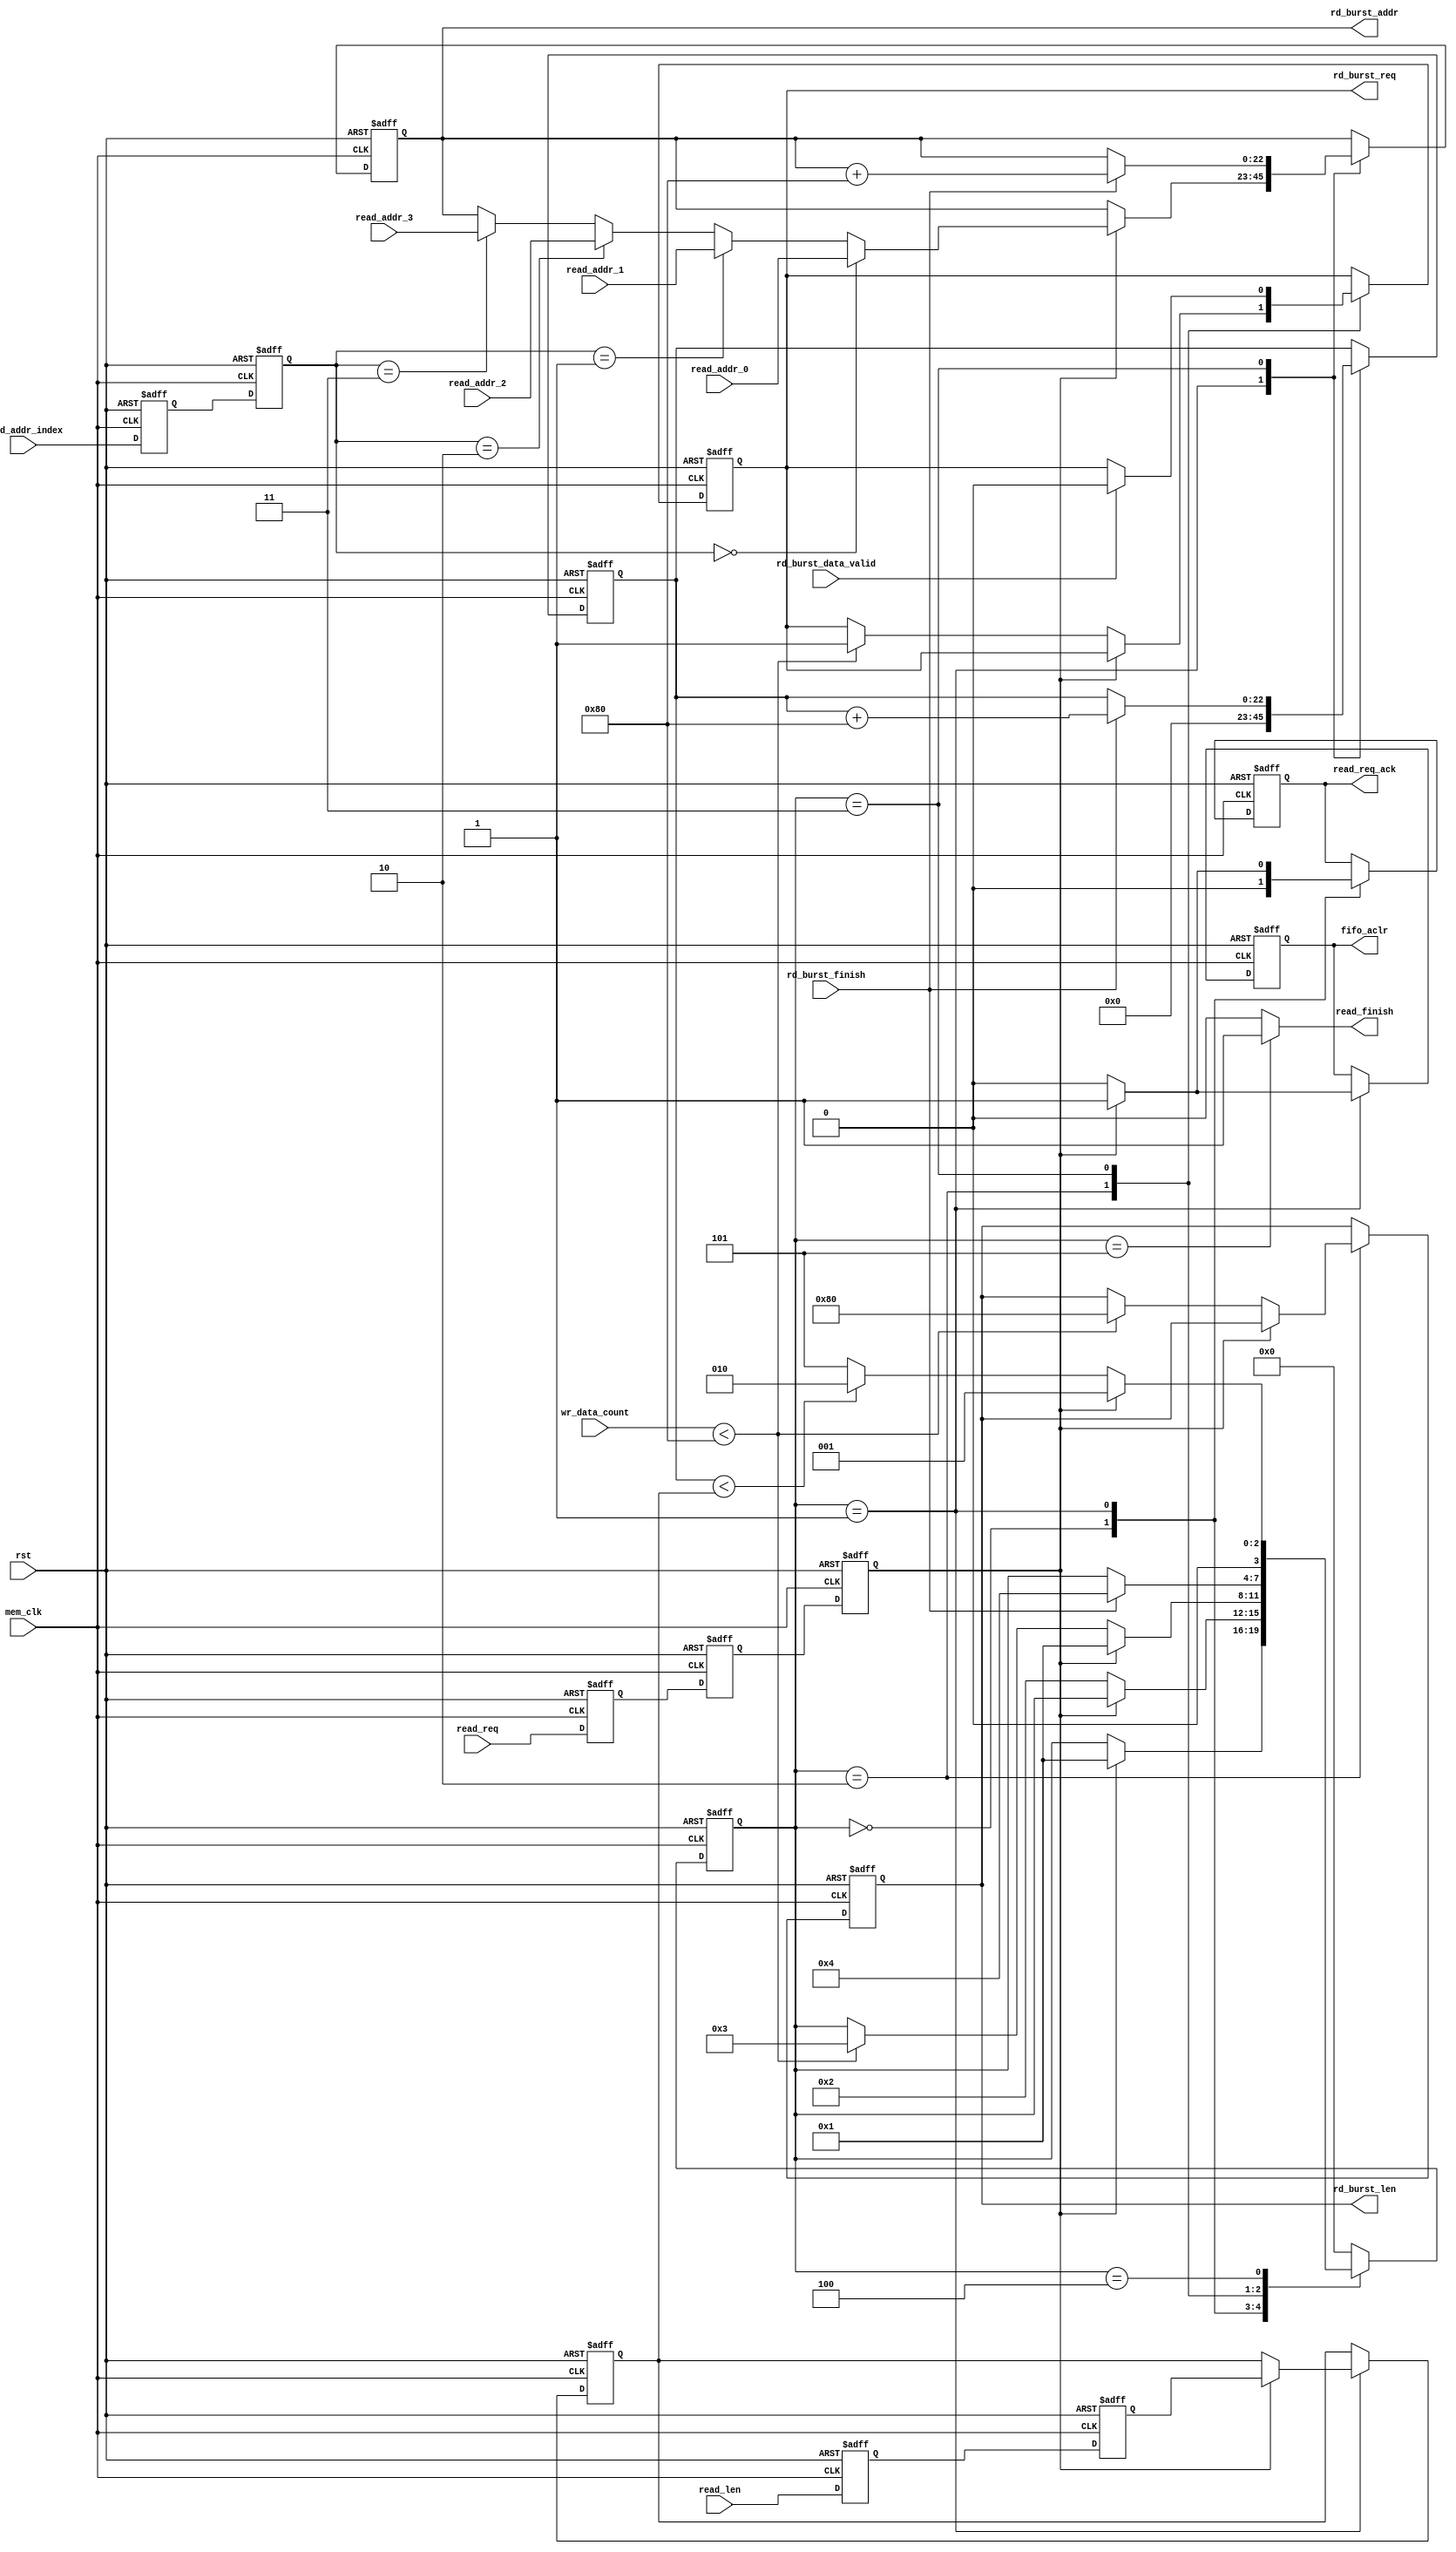
// This program was cloned from: https://github.com/Manistein/let-us-build-a-computer-system
// License: MIT License

`timescale 1ns / 1ps
//////////////////////////////////////////////////////////////////////////////////
//  Cross clock domain data reading frame with FIFO interface                   //
//                                                                              //
//          msq@qq.com                                                          //
//          ALINX(shanghai) Technology Co.,Ltd                                  //
//          heijin                                                              //
//     WEB: http://www.alinx.cn/                                                //
//     BBS: http://www.heijin.org/                                              //
//                                                                              //
//////////////////////////////////////////////////////////////////////////////////
//                                                                              //
// Copyright (c) 2017,ALINX(shanghai) Technology Co.,Ltd                        //
//                    All rights reserved                                       //
//                                                                              //
// This source file may be used and distributed without restriction provided    //
// that this copyright statement is not removed from the file and that any      //
// derivative work contains the original copyright notice and the associated    //
// disclaimer.                                                                  //
//                                                                              //
//////////////////////////////////////////////////////////////////////////////////

//================================================================================
//  Revision History:
//  Date          By            Revision    Change Description
//--------------------------------------------------------------------------------
//  2017/7/19     meisq          1.0         Original
//*******************************************************************************/
module frame_fifo_read
#
(
	parameter MEM_DATA_BITS          = 32,
	parameter ADDR_BITS              = 23,
	parameter BUSRT_BITS             = 10,
	parameter FIFO_DEPTH             = 256,
	parameter BURST_SIZE             = 128
)               
(
	input                            rst,                  
	input                            mem_clk,                    // external memory controller user interface clock
	output reg                       rd_burst_req,               // to external memory controller,send out a burst read request  
	output reg[BUSRT_BITS - 1:0]     rd_burst_len,               // to external memory controller,data length of the burst read request, not bytes 
	output reg[ADDR_BITS - 1:0]      rd_burst_addr,              // to external memory controller,base address of the burst read request
	input                            rd_burst_data_valid,        // from external memory controller,read request data valid    
	input                            rd_burst_finish,            // from external memory controller,burst read finish
	input                            read_req,                   // data read module read request,keep '1' until read_req_ack = '1'
	output reg                       read_req_ack,               // data read module read request response
	output                           read_finish,                // data read module read request finish
	input[ADDR_BITS - 1:0]           read_addr_0,                // data read module read request base address 0, used when read_addr_index = 0
	input[ADDR_BITS - 1:0]           read_addr_1,                // data read module read request base address 1, used when read_addr_index = 1
	input[ADDR_BITS - 1:0]           read_addr_2,                // data read module read request base address 1, used when read_addr_index = 2
	input[ADDR_BITS - 1:0]           read_addr_3,                // data read module read request base address 1, used when read_addr_index = 3
	input[1:0]                       read_addr_index,            // select valid base address from read_addr_0 read_addr_1 read_addr_2 read_addr_3
	input[ADDR_BITS - 1:0]           read_len,                   // data read module read request data length
	output reg                       fifo_aclr,                  // to fifo asynchronous clear
	input[15:0]                      wr_data_count                     // from fifo write used words
);
localparam ONE                       = 256'd1;                   //256 bit '1'   you can use ONE[n-1:0] for n bit '1'
localparam ZERO                      = 256'd0;                   //256 bit '0'
//read state machine code
localparam S_IDLE                    = 0;                        //idle state,waiting for frame read
localparam S_ACK                     = 1;                        //read request response
localparam S_CHECK_FIFO              = 2;                        //check the FIFO status, ensure that there is enough space to burst read
localparam S_READ_BURST              = 3;                        //begin a burst read
localparam S_READ_BURST_END          = 4;                        //a burst read complete
localparam S_END                     = 5;                        //a frame of data is read to complete

reg                                  read_req_d0;                //asynchronous read request, synchronize to 'mem_clk' clock domain,first beat
reg                                  read_req_d1;                //second
reg                                  read_req_d2;                //third,Why do you need 3 ? Here's the design habit
reg[ADDR_BITS - 1:0]                 read_len_d0;                //asynchronous read_len(read data length), synchronize to 'mem_clk' clock domain first
reg[ADDR_BITS - 1:0]                 read_len_d1;                //second
reg[ADDR_BITS - 1:0]                 read_len_latch;             //lock read data length
reg[ADDR_BITS - 1:0]                 read_cnt;                   //read data counter
reg[3:0]                             state;                      //state machine
reg[1:0]                             read_addr_index_d0;         //synchronize to 'mem_clk' clock domain first
reg[1:0]                             read_addr_index_d1;         //synchronize to 'mem_clk' clock domain second

assign read_finish = (state == S_END) ? 1'b1 : 1'b0;             //read finish at state 'S_END'
always@(posedge mem_clk or posedge rst)
begin
	if(rst == 1'b1)
	begin
		read_req_d0    <=  1'b0;
		read_req_d1    <=  1'b0;
		read_req_d2    <=  1'b0;
		read_len_d0    <=  ZERO[ADDR_BITS - 1:0];               //equivalent to read_len_d0 <= 0;
		read_len_d1    <=  ZERO[ADDR_BITS - 1:0];               //equivalent to read_len_d1 <= 0;
		read_addr_index_d0 <= 2'b00;
		read_addr_index_d1 <= 2'b00;
	end
	else
	begin
		read_req_d0    <=  read_req;
		read_req_d1    <=  read_req_d0;
		read_req_d2    <=  read_req_d1;     
		read_len_d0    <=  read_len;
		read_len_d1    <=  read_len_d0; 
		read_addr_index_d0 <= read_addr_index;
		read_addr_index_d1 <= read_addr_index_d0;
	end 
end


always@(posedge mem_clk or posedge rst)
begin
	if(rst == 1'b1)
	begin
		state <= S_IDLE;
		read_len_latch <= ZERO[ADDR_BITS - 1:0];
		rd_burst_addr <= ZERO[ADDR_BITS - 1:0];
		rd_burst_req <= 1'b0;
		read_cnt <= ZERO[ADDR_BITS - 1:0];
		fifo_aclr <= 1'b0;
		rd_burst_len <= ZERO[BUSRT_BITS - 1:0];
		read_req_ack <= 1'b0;
	end
	else
		case(state)
			//idle state,waiting for read, read_req_d2 == '1' goto the 'S_ACK'
			S_IDLE:
			begin
				if(read_req_d2 == 1'b1)
				begin
					state <= S_ACK;
				end
				read_req_ack <= 1'b0;
			end
			//'S_ACK' state completes the read request response, the FIFO reset, the address latch, and the data length latch
			S_ACK:
			begin
				if(read_req_d2 == 1'b0)
				begin
					state <= S_CHECK_FIFO;
					fifo_aclr <= 1'b0;
					read_req_ack <= 1'b0;
				end
				else
				begin
					//read request response
					read_req_ack <= 1'b1;
					//FIFO reset
					fifo_aclr <= 1'b1;
					//select valid base address from read_addr_0 read_addr_1 read_addr_2 read_addr_3
					if(read_addr_index_d1 == 2'd0)
						rd_burst_addr <= read_addr_0;
					else if(read_addr_index_d1 == 2'd1)
						rd_burst_addr <= read_addr_1;
					else if(read_addr_index_d1 == 2'd2)
						rd_burst_addr <= read_addr_2;
					else if(read_addr_index_d1 == 2'd3)
						rd_burst_addr <= read_addr_3;
					//latch data length
					read_len_latch <= read_len_d1;
				end
				//read data counter reset, read_cnt <= 0;
				read_cnt <= ZERO[ADDR_BITS - 1:0];
			end
			S_CHECK_FIFO:
			begin
				//if there is a read request at this time, enter the 'S_ACK' state
				if(read_req_d2 == 1'b1)
				begin
					state <= S_ACK;
				end
				//if the FIFO space is a burst read request, goto burst read state
				else if(wr_data_count < (FIFO_DEPTH - BURST_SIZE))
				begin
					state <= S_READ_BURST;
					rd_burst_len <= BURST_SIZE[BUSRT_BITS - 1:0];
					rd_burst_req <= 1'b1;
				end
			end
			
			S_READ_BURST:
			begin
				if(rd_burst_data_valid)
					rd_burst_req <= 1'b0;
				//burst finish  
				if(rd_burst_finish == 1'b1)
				begin
					state <= S_READ_BURST_END;
					//read counter + burst length
					read_cnt <= read_cnt + BURST_SIZE[ADDR_BITS - 1:0];
					//the next burst read address is generated
					rd_burst_addr <= rd_burst_addr + BURST_SIZE[ADDR_BITS - 1:0];
				end     
			end
			S_READ_BURST_END:
			begin
				//if there is a read request at this time, enter the 'S_ACK' state
				if(read_req_d2 == 1'b1)
				begin
					state <= S_ACK;
				end
				//if the read counter value is less than the frame length, continue read,
				//otherwise the read is complete
				else if(read_cnt < read_len_latch)
				begin
					state <= S_CHECK_FIFO;
				end
				else
				begin
					state <= S_END;
				end
			end
			S_END:
			begin
				state <= S_IDLE;
			end
			default:
				state <= S_IDLE;
		endcase
end
endmodule